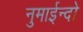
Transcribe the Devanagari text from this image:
नुमाईन्दो